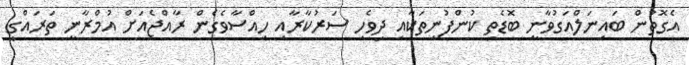
އެގޮތުން ބައިނަލްއަގުވާނީ ބޮޑެތި ކުންފުނިތަކާއި ދިވެހި ސަރުކާރާއި ހިއްސާވެގެން ރާއްޖެއަށް އުމްރާނީ ތަރައްގީ